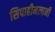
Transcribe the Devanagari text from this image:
सिपाहीमलानी